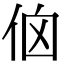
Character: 𠈈